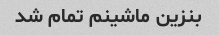
بنزین ماشینم تمام شد